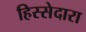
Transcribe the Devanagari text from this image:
हिस्सेदारा